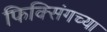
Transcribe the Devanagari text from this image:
फिक्सिंगच्या